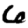
Digit: 6